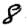
Digit: 8